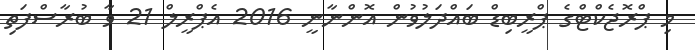
މި ޕްރޮޖެކްޓްގެ ޕްރީބިޑް ބައްދަލުވުން އޮންނާނީ 2016 އެޕްރީލް 21 ވާ ބުރާސްފަތި